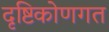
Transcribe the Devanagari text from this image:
दृष्टिकोणगत